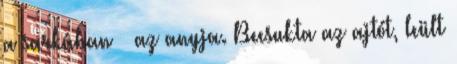
a sarkában – az anyja. Becsukta az ajtót, leült